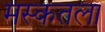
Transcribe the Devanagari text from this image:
मस्कतला